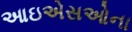
આઇએસઓના